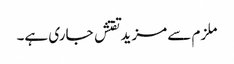
ملزم سے مزیدتفتش جاری ہے۔